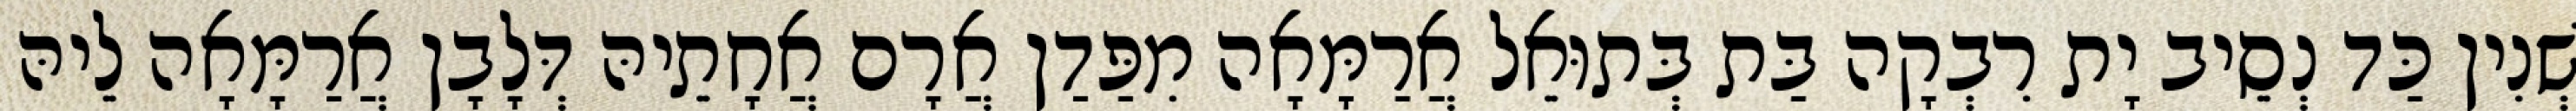
שְׁנִין כַּד נְסֵיב יָת רִבְקָה בַּת בְּתוּאֵל אֲרַמָּאָה מִפַּדַן אֲרָם אֲחָתֵיהּ דְּלָבָן אֲרַמָּאָה לֵיהּ